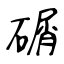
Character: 碿